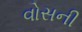
વોસની